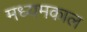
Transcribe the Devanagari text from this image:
मध्यमकाल